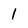
Character: 1